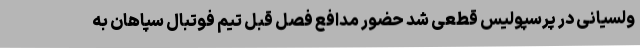
ولسیانی در پرسپولیس قطعی شد حضور مدافع فصل قبل تیم فوتبال سپاهان به